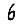
Digit: 6